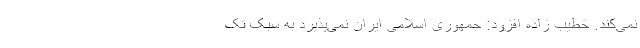
نمی‌کند. خطیب زاده افزود: جمهوری اسلامی ایران نمی‌پذیرد به سبک تک